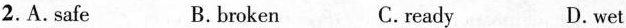
2.A. Safe B.broken C. ready D.wet